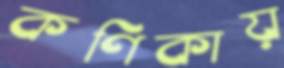
কণিকায়